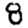
Digit: 8